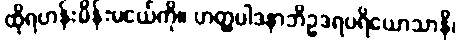
ထိုရဟန်းမိန်းမငယ်ကို။ ဟတ္ထပါဒနာဘိဥဒရပရိယောသာနိ၊